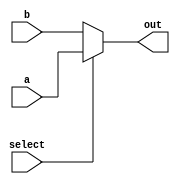
module conditional_assignment (
    input wire [3:0] a,      // 4-bit input signal a
    input wire [3:0] b,      // 4-bit input signal b
    input wire select,        // 1-bit condition signal
    output wire [3:0] out    // 4-bit output signal
);

// Continuous assignment using the ternary operator
assign out = (select) ? a : b;

endmodule